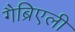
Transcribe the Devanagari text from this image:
गैब्रिएली